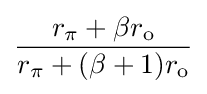
{\frac {r_{\pi }+\beta r_{\text{o}}}{r_{\pi }+(\beta +1)r_{\text{o}}}}